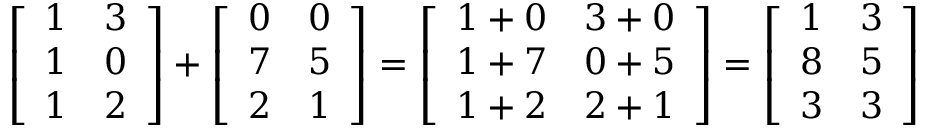
{ \left[ \begin{array} { l l } { 1 } & { 3 } \\ { 1 } & { 0 } \\ { 1 } & { 2 } \end{array} \right] } + { \left[ \begin{array} { l l } { 0 } & { 0 } \\ { 7 } & { 5 } \\ { 2 } & { 1 } \end{array} \right] } = { \left[ \begin{array} { l l } { 1 + 0 } & { 3 + 0 } \\ { 1 + 7 } & { 0 + 5 } \\ { 1 + 2 } & { 2 + 1 } \end{array} \right] } = { \left[ \begin{array} { l l } { 1 } & { 3 } \\ { 8 } & { 5 } \\ { 3 } & { 3 } \end{array} \right] }